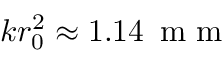
k r _ { 0 } ^ { 2 } \approx 1 . 1 4 \, \textrm { m m }